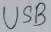
Text: USB